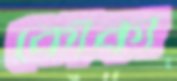
কোঁকা